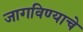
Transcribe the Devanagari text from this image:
जागविण्याचे